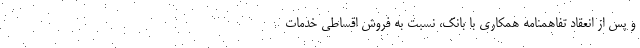
و پس از انعقاد تفاهمنامه همکاری با بانک، نسبت به فروش اقساطی خدمات